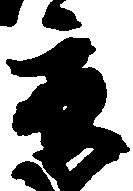
京